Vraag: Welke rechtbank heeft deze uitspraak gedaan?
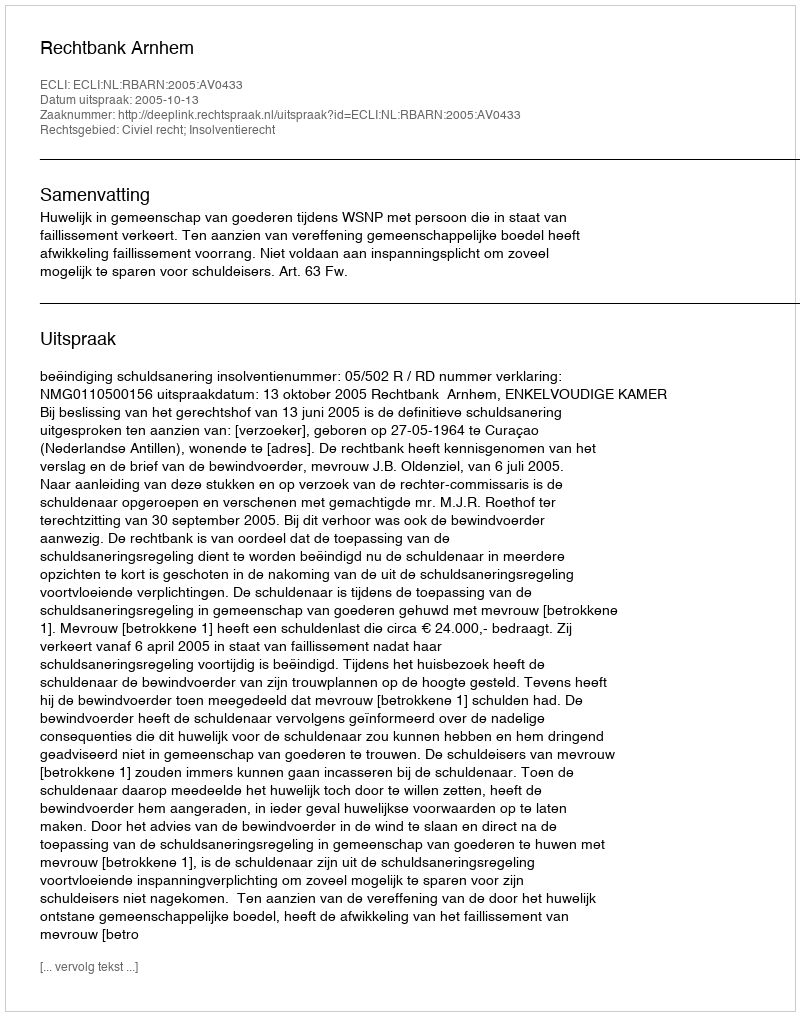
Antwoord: Rechtbank Arnhem